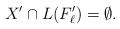
LaTeX: \begin{align*}X'\cap L(F'_{\ell}) =\emptyset.\end{align*}